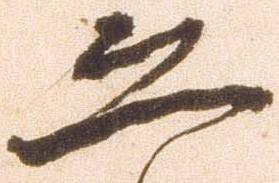
恐